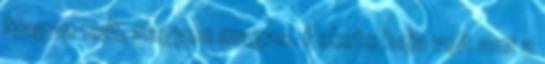
Magas volt, nagyon magas. Fekete haja volt ami a